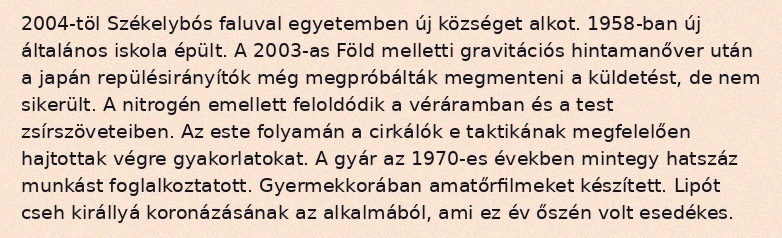
2004-töl Székelybós faluval egyetemben új községet alkot. 1958-ban új általános iskola épült. A 2003-as Föld melletti gravitációs hintamanőver után a japán repülésirányítók még megpróbálták megmenteni a küldetést, de nem sikerült. A nitrogén emellett feloldódik a véráramban és a test zsírszöveteiben. Az este folyamán a cirkálók e taktikának megfelelően hajtottak végre gyakorlatokat. A gyár az 1970-es években mintegy hatszáz munkást foglalkoztatott. Gyermekkorában amatőrfilmeket készített. Lipót cseh királlyá koronázásának az alkalmából, ami ez év őszén volt esedékes.